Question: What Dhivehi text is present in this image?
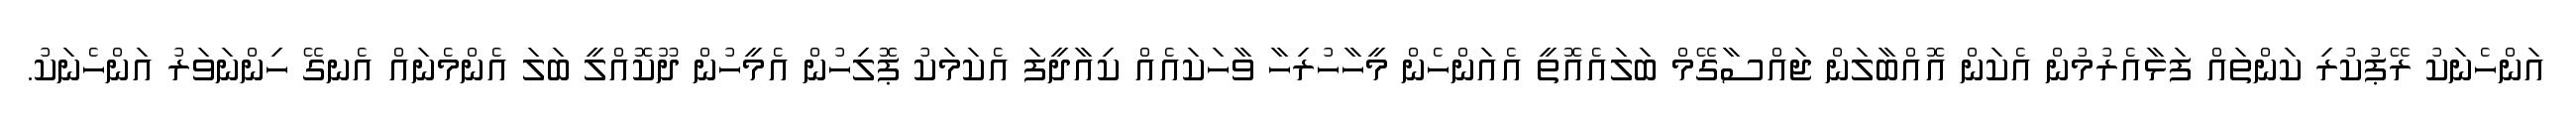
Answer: އަންހެނަކު ރޭޕުކުރި ކަންތައް ފަޅާއެރުމުން އެކަން އޮއްބާލަން ޖައްސާގޭމް ބަލައެއޮތީ އެއަންހެން މީހާހުރިހާ ވާހަކައެއް ކިއާދީފަ އެކަމަކު ޕޮލިހުން އެމީހުން ދޫކޮއްލީ ބަލަ އެންމެނައް އެނގޭ ހިންނަވަރު އަންހެނަކު.